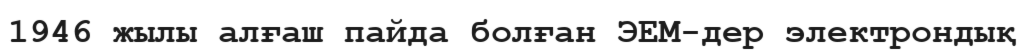
1946 жылы алғаш пайда болған ЭЕМ-дер электрондық